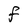
Character: F